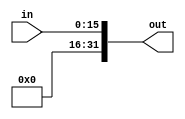
`timescale 1ns / 1ps
//////////////////////////////////////////////////////////////////////////////////
// Company: 
// Engineer: 
// 
// Design Name: 
// Module Name: ZeroExtend
// Project Name: 
// Target Devices: 
// Tool Versions: 
// Description: 
// 
// Dependencies: 
// 
// Revision:
// Revision 0.01 - File Created
// Additional Comments:
// 
//////////////////////////////////////////////////////////////////////////////////


module ZeroExtend(in, out);
input [15:0] in;
output reg [31:0] out;

 always @ (in) begin
 out[31:16] <= 16'b0000000000000000;
 out[15:0] <= in;
 end
endmodule